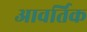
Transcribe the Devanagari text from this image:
आवर्तिक